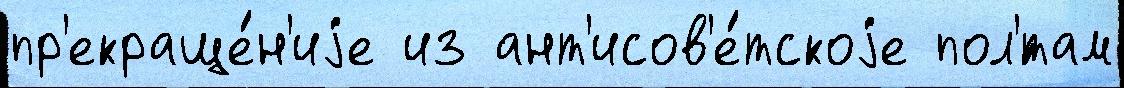
пр'екраще́н'иjе из ант'исов'е́тскоjе пол'́там